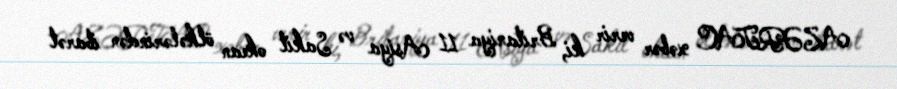
AZƏRTAC xəbər verir ki, Britaniya 11 Asiya və Sakit okean ölkələrindən ibarət